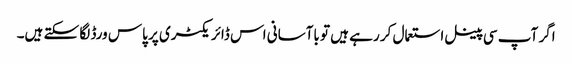
اگر آپ سی پینل استعمال کر رہے ہیں تو باآسانی اس ڈائریکٹری پر پاس ورڈ لگا سکتے ہیں۔